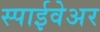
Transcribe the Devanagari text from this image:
स्पाईवेअर